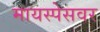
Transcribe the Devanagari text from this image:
मायस्पेसवर